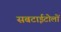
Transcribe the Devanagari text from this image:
सबटाईटोलों